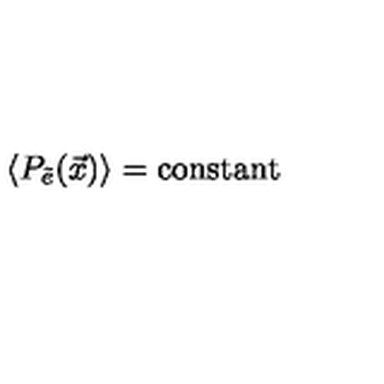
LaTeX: \langle P _ { \tilde { e } } ( \vec { x } ) \rangle = \mathrm { c o n s t a n t }